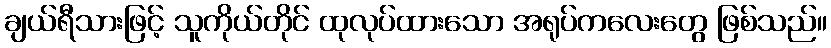
ချယ်ရီသားဖြင့် သူကိုယ်တိုင် ထုလုပ်ထားသော အရုပ်ကလေးတွေ ဖြစ်သည်။